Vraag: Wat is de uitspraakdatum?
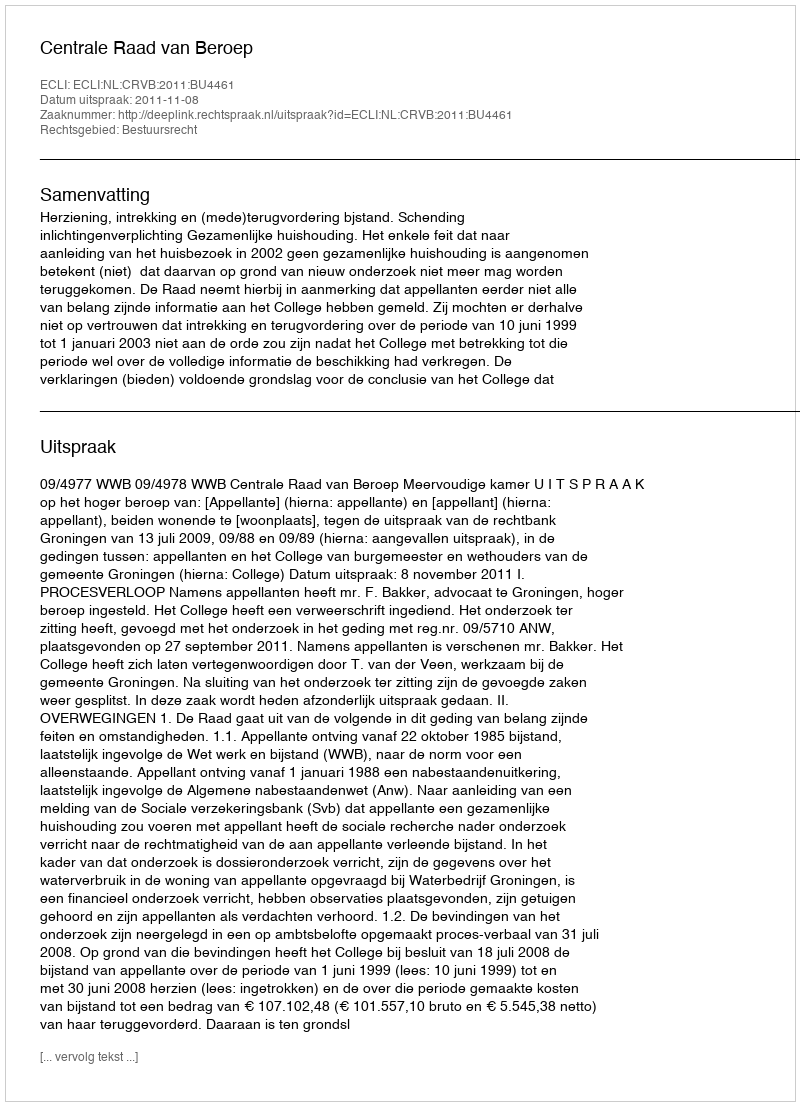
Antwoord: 2011-11-08